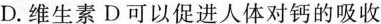
D.维生素D可以促进人体对钙的吸收